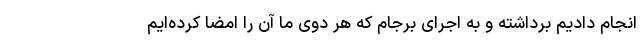
انجام دادیم برداشته و به اجرای برجام که هر دوی ما آن را امضا کرده‌ایم